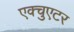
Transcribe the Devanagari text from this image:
एक्चुएटर